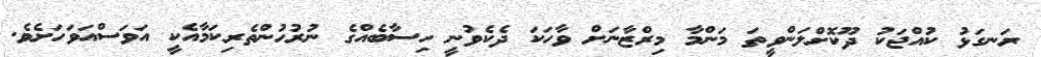
ރަނގަޅު ކުއްޖަކު ދޫކޮށްލަންވީތަ މަންމާ މިރްޒާނަށް ވާހަކަ ދެކެވުނީ ހިސާބެއްގެ ނުރުހުންތެރިކަމާއެކީ އަވަސްއަވަހަށެވެ.